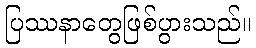
ပြဿနာတွေဖြစ်ပွားသည်။